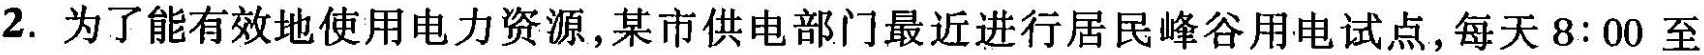
2. 为了能有效地使用电力资源，某市供电部门最近进行居民峰谷用电试点，每天8:00至